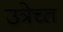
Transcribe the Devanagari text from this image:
उत्रेच्त